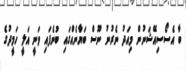
ބާ އެސޯސިއޭޝަނުން މިއަދު ނެރުނު ނޫސް ބަޔާނެއްގައި ބުނެފައި ވަނީ އަލީ ހަމީދުގެ